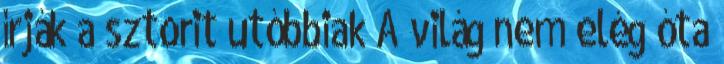
írják a sztorit utóbbiak A világ nem elég óta